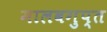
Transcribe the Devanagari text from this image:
मालवगुप्त